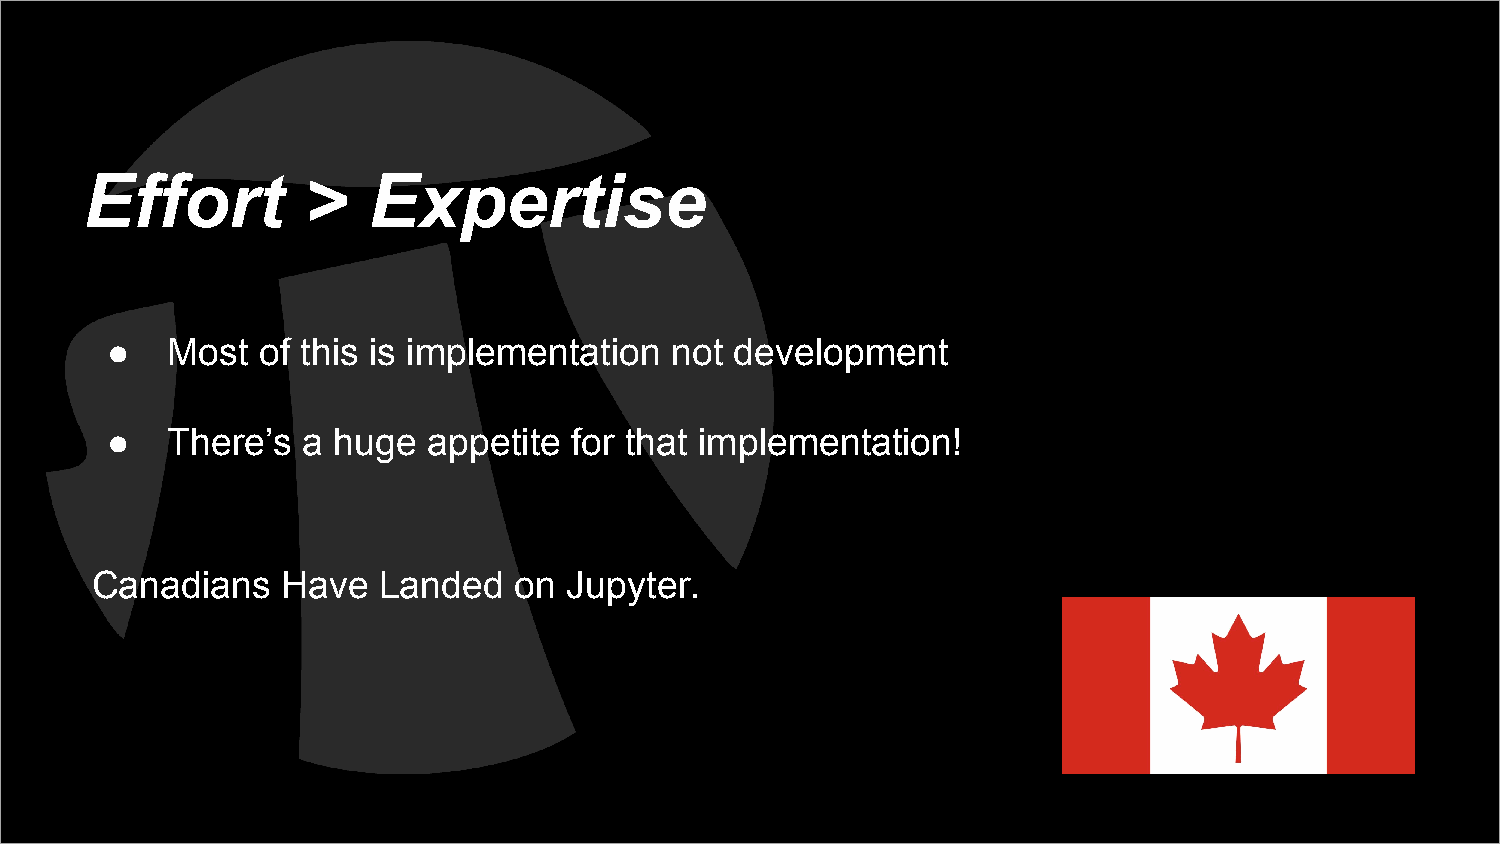
Effort        >   Expertise
 ●   Most  of this is implementation  not  development
 ●   There’s  a huge  appetite  for that implementation!
 Canadians    Have  Landed   on  Jupyter.